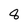
Character: 8